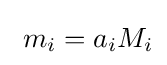
\ m_{i}=a_{i}M_{i}